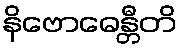
နိဗောဓေန္တီတိ